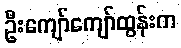
ဦးကျော်ကျော်ထွန်းက